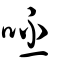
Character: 呸